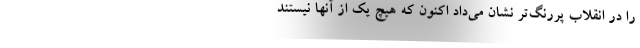
را در انقلاب پررنگ‌تر نشان می‌داد اکنون که هیچ یک از آنها نیستند